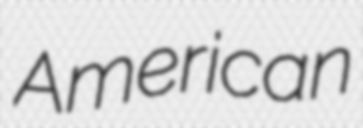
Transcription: American